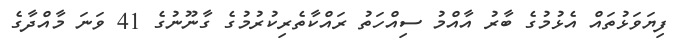
ފިޔަވަޅުތައް އެޅުމުގެ ބާރު އާއްމު ސިއްހަތު ރައްކާތެރިކުރުމުގެ ގާނޫނުގެ 41 ވަނަ މާއްދާގެ